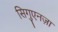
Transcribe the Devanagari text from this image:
सिगुएनज़ा